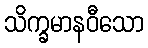
သိက္ခမာနဝီသော